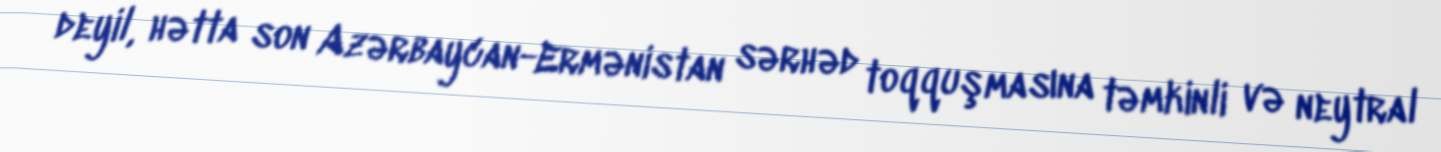
deyil, hətta son Azərbaycan-Ermənistan sərhəd toqquşmasına təmkinli və neytral